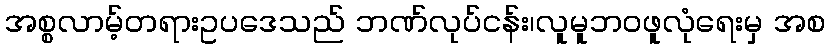
အစ္စလာမ့်တရားဥပဒေသည် ဘဏ်လုပ်ငန်း၊လူမူဘဝဖူလုံရေးမှ အစ